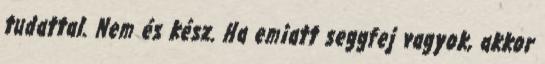
tudattal. Nem és kész. Ha emiatt seggfej vagyok, akkor